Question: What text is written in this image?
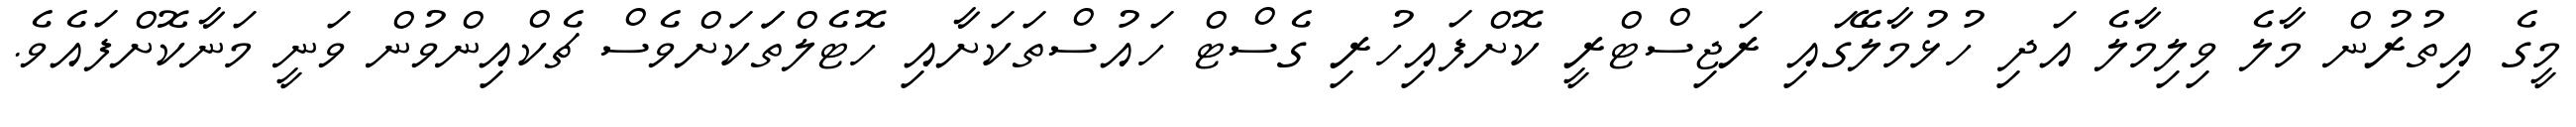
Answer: މީގެ އިތުރުން މާލެ ވިލިމާލެ އަދި ހުޅުމާލޭގައި ރަޖިސްޓްރީ ކޮށްފައިހުރި ގެސްޓް ހައުސްތަކަށާއި ހޮޓެލްތަަކަށްވެސް ޗެކްއިންވުން ވަނީ މަނާކޮށްފައެވެ.